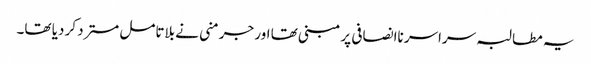
یہ مطالبہ سراسر ناانصافی پر مبنی تھا اور جرمنی نے بلاتامل مسترد کر دیا تھا۔